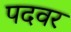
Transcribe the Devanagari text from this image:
पदवर